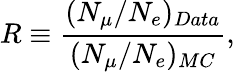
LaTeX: R\equiv{\frac{(N_{\mu}/N_{e})_{Data}}{(N_{\mu}/N_{e})_{MC}}},